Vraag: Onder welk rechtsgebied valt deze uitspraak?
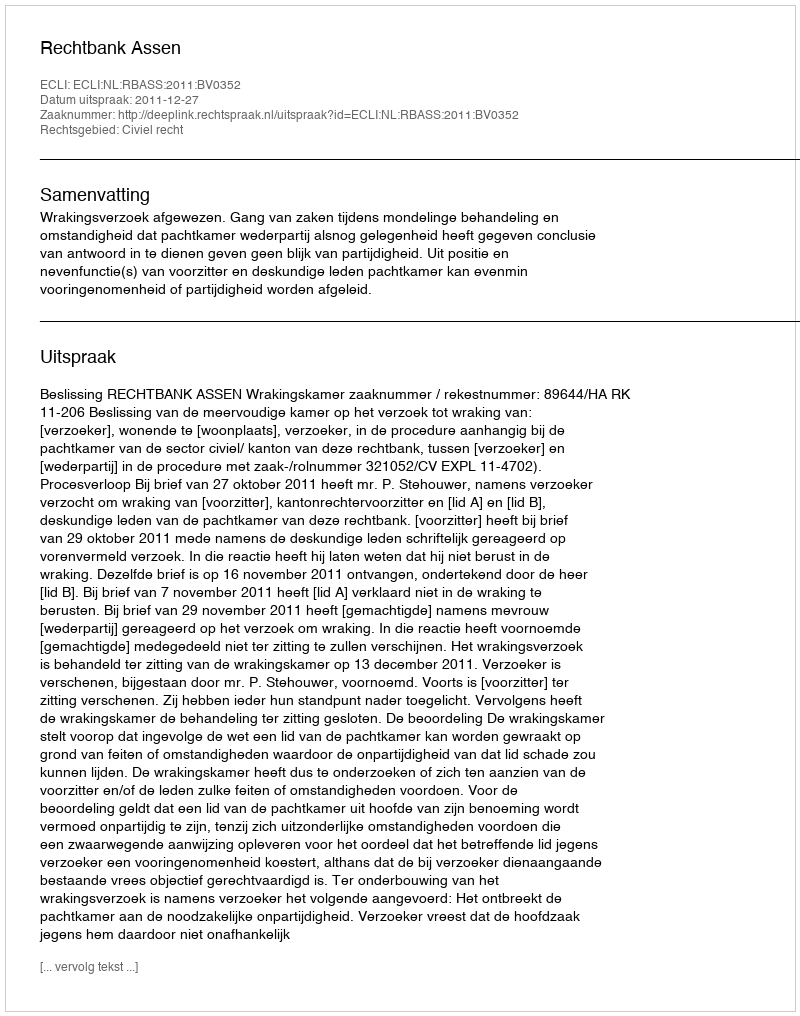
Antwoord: Civiel recht